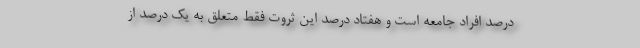
درصد افراد جامعه است و هفتاد درصد این ثروت فقط متعلق به یک درصد از